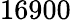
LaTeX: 16900